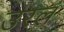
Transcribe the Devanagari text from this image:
उरलं